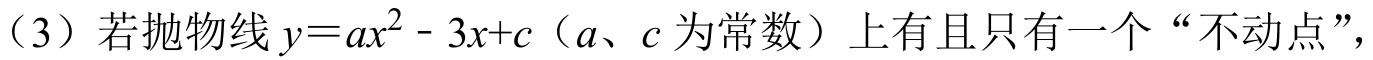
（3）若抛物线\(y = ax^{2}-3x + c\)（\(a、c\)为常数）上有且只有一个“不动点”，